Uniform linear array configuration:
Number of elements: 12
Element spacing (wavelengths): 0.25
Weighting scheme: uniform
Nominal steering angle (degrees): -30
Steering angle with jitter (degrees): -28.009
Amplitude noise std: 0.05
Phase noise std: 0.05

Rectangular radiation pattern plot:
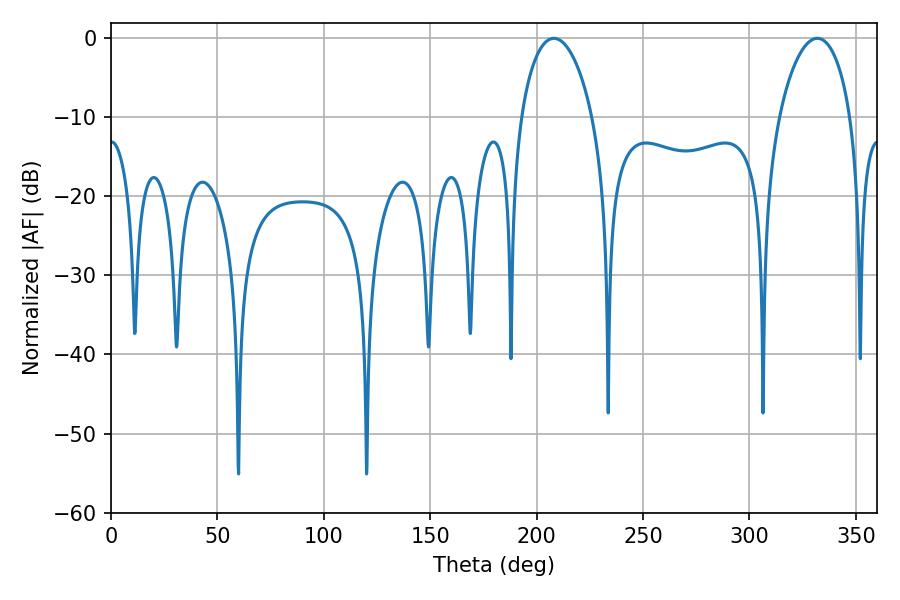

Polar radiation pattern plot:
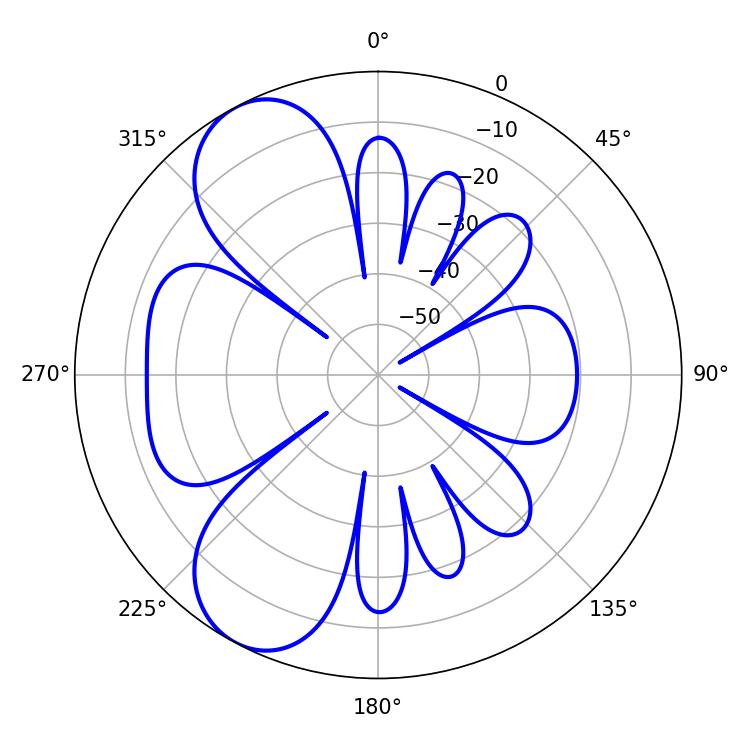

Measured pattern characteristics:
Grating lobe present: FALSE
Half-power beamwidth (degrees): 19.26
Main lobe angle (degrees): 208.08